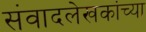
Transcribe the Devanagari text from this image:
संवादलेखकांच्या